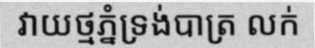
វាយថ្មភ្នំទ្រង់បាត្រ លក់